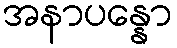
အနာပန္နော